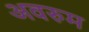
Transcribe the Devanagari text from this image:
अवरुम